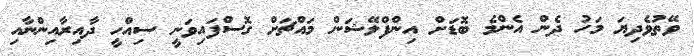
ވޭތުވެދިޔަ މަހު ދެން އެންމެ ބޮޑަށް އިންފްލޭޝަން މައްޗަށް ގޮސްފައިވަނީ ސިއްހީ ދާއިރާއިންނާއި